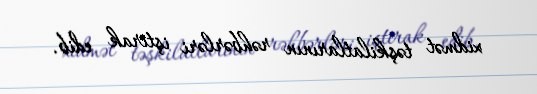
xidmət təşkilatlarının rəhbərləri iştirak edib.